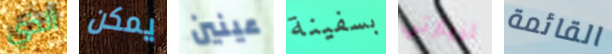
الذي يمكن عينين بسفينة لزيارتي القائمة